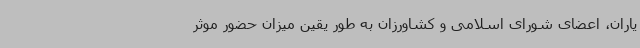
یاران، اعضای شورای اسلامی و کشاورزان به طور یقین میزان حضور موثر